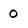
Character: 0